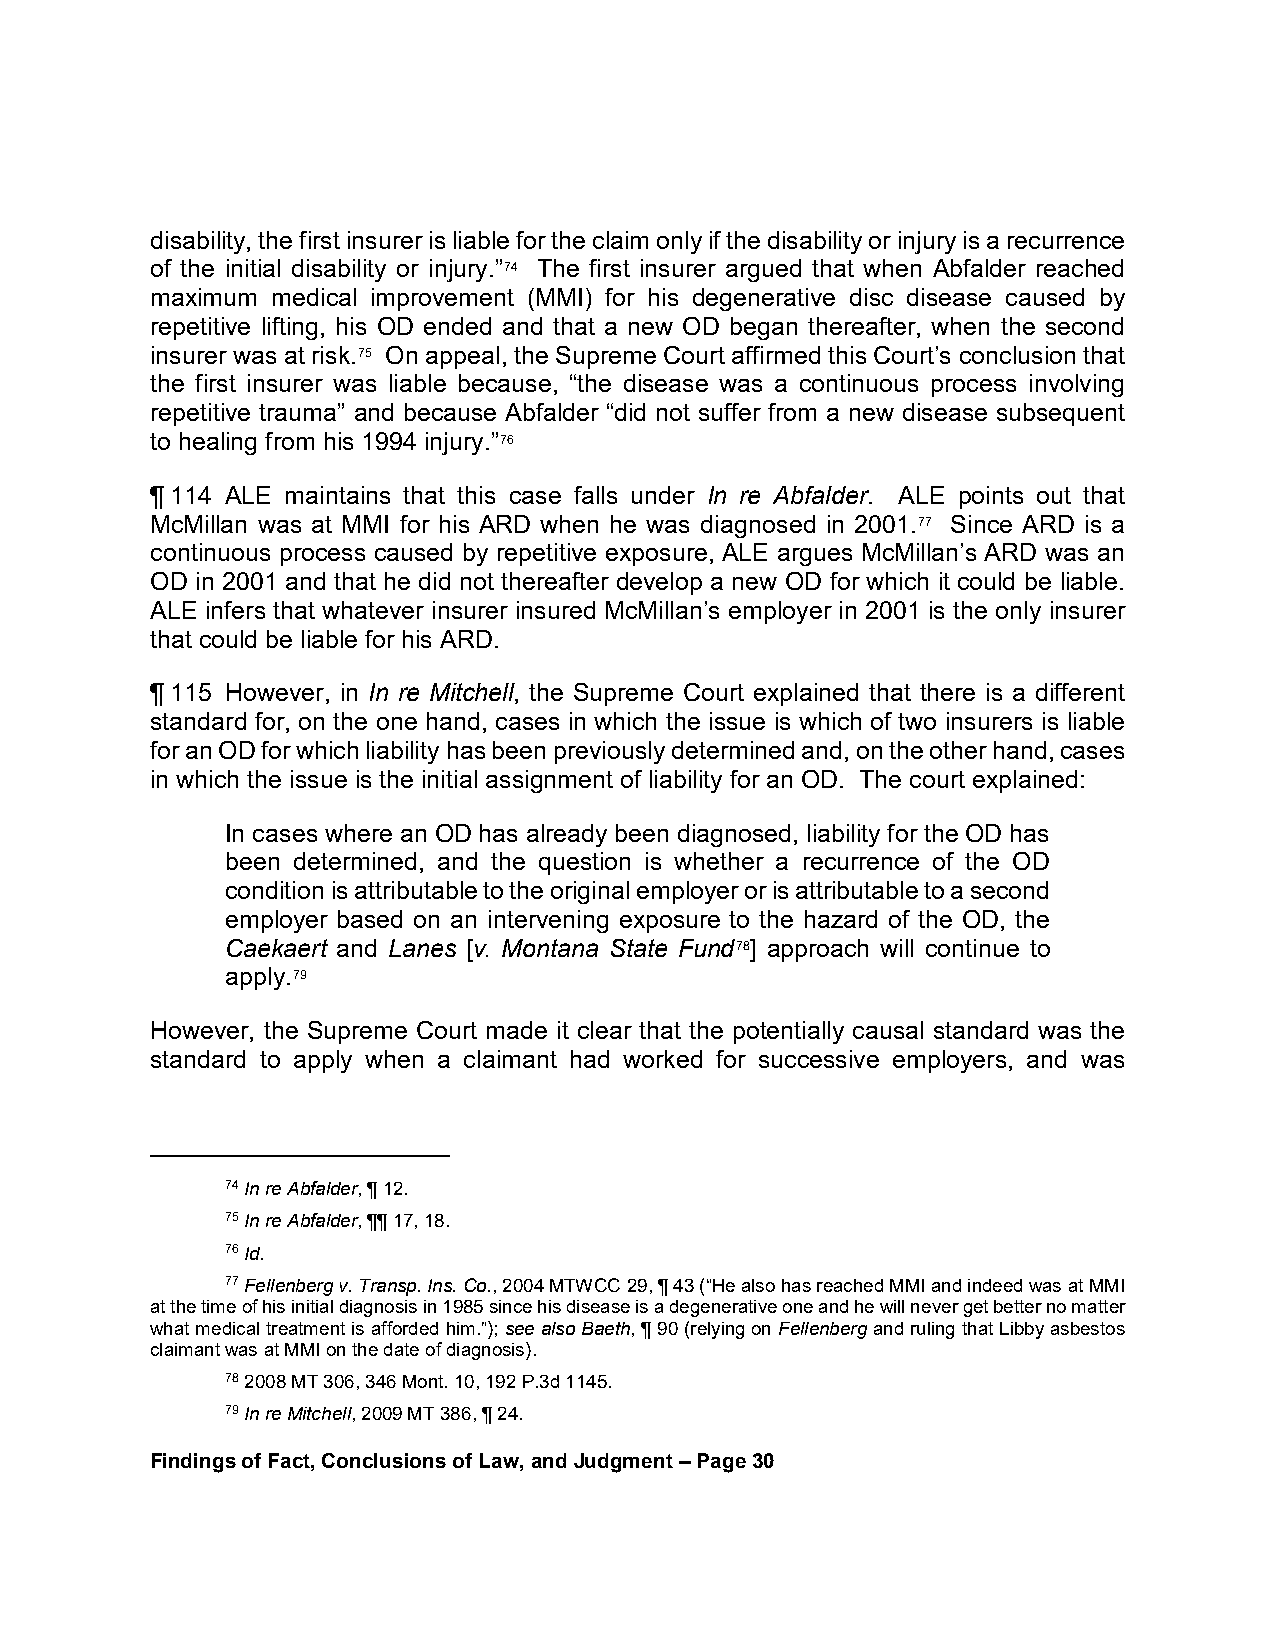
disability, the first insurer is liable for the claim only if the disability or injury is a recurrence
 of the initial disability or injury.”74 The first insurer argued that when Abfalder reached
 maximum medical improvement (MMI) for his degenerative disc disease caused by
 repetitive lifting, his OD ended and that a new OD began thereafter, when the second
 insurer was at risk.75 On appeal, the Supreme Court affirmed this Court’s conclusion that
 the first insurer was liable because, “the disease was a continuous process involving
 repetitive trauma” and because Abfalder “did not suffer from a new disease subsequent
 to healing from his 1994 injury.”76
 ¶ 114 ALE maintains that this case falls under In re Abfalder. ALE points out that
 McMillan was at MMI for his ARD when he was diagnosed in 2001.77 Since ARD is a
 continuous process caused by repetitive exposure, ALE argues McMillan’s ARD was an
 OD in 2001 and that he did not thereafter develop a new OD for which it could be liable.
 ALE infers that whatever insurer insured McMillan’s employer in 2001 is the only insurer
 that could be liable for his ARD.
 ¶ 115 However, in In re Mitchell, the Supreme Court explained that there is a different
 standard for, on the one hand, cases in which the issue is which of two insurers is liable
 for an OD for which liability has been previously determined and, on the other hand, cases
 in which the issue is the initial assignment of liability for an OD. The court explained:
 In cases where an OD has already been diagnosed, liability for the OD has
 been determined, and the question is whether a recurrence of the OD
 condition is attributable to the original employer or is attributable to a second
 employer based on an intervening exposure to the hazard of the OD, the
 Caekaert and Lanes [v. Montana State Fund78] approach will continue to
 apply.79
 However, the Supreme Court made it clear that the potentially causal standard was the
 standard to apply when a claimant had worked for successive employers, and was
 74 In re Abfalder, ¶ 12.
 75 In re Abfalder, ¶¶ 17, 18.
 76 Id.
 77 Fellenberg v. Transp. Ins. Co., 2004 MTWCC 29, ¶ 43 (“He also has reached MMI and indeed was at MMI
 at the time of his initial diagnosis in 1985 since his disease is a degenerative one and he will never get better no matter
 what medical treatment is afforded him.”); see also Baeth, ¶ 90 (relying on Fellenberg and ruling that Libby asbestos
 claimant was at MMI on the date of diagnosis).
 78 2008 MT 306, 346 Mont. 10, 192 P.3d 1145.
 79 In re Mitchell, 2009 MT 386, ¶ 24.
 Findings of Fact, Conclusions of Law, and Judgment – Page 30